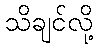
သိချင်လို့